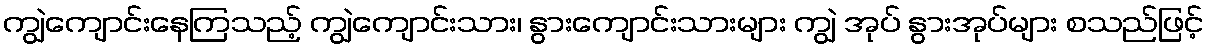
ကျွဲကျောင်းနေကြသည့် ကျွဲကျောင်းသား၊ နွားကျောင်းသားများ ကျွဲ အုပ် နွားအုပ်များ စသည်ဖြင့်